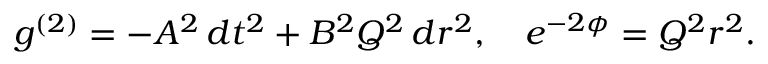
g ^ { ( 2 ) } = - A ^ { 2 } \, d t ^ { 2 } + B ^ { 2 } Q ^ { 2 } \, d r ^ { 2 } , \quad e ^ { - 2 \phi } = Q ^ { 2 } r ^ { 2 } .